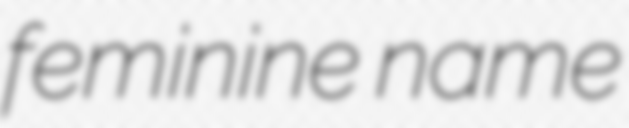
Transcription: feminine name